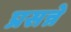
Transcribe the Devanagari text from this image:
प्रसन्ने